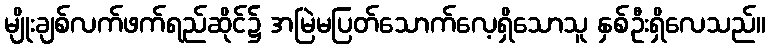
မျိုးချစ်လက်ဖက်ရည်ဆိုင်၌ အမြဲမပြတ်သောက်လေ့ရှိသောသူ နှစ်ဦးရှိလေသည်။